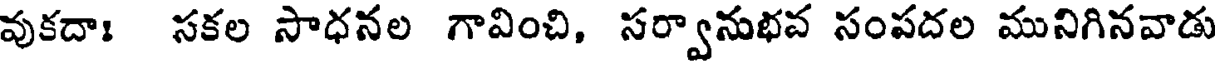
వుకదాః సకల సాధనల గావించి, సర్వానుభవ సంపదల మునిగినవాడు